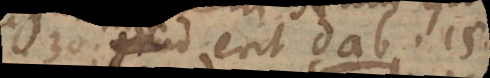
30: grad erit dab 15.